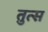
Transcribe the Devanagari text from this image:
तुत्स